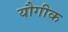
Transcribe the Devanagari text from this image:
यौगीक